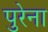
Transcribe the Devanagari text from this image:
पुरेना